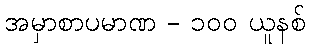
အမှာစာပမာဏ - ၁၀၀ ယူနစ်